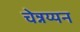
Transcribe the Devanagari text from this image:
चेन्नय्यन